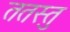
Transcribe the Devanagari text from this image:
ततस्तु